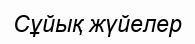
Сұйық жүйелер